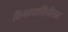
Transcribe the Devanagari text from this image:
विन्ध्यवासिनीका